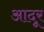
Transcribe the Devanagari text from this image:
आदूर